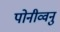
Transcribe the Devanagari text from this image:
पोनीव्वनु